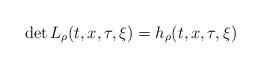
LaTeX: \begin{align*}{\rm det}\,L_{\rho}(t,x,\tau,\xi)=h_{\rho}(t,x,\tau,\xi)\end{align*}